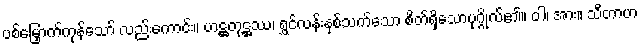
ပစ်မြှောက်ကုန်သော် လည်းကောင်း။ ဟဋ္ဌတုဋ္ဌဿ၊ ရွှင်လန်းနှစ်သက်သော စိတ်ရှိသောပုဂ္ဂိုလ်၏။ ဝါ၊ အား။ သီတာဟ